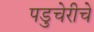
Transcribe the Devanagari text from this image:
पडुचेरीचे